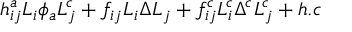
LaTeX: h _ { i j } ^ { a } L _ { i } \phi _ { a } L _ { j } ^ { c } + f _ { i j } L _ { i } \Delta L _ { j } + f _ { i j } ^ { c } L _ { i } ^ { c } \Delta ^ { c } L _ { j } ^ { c } + h . c